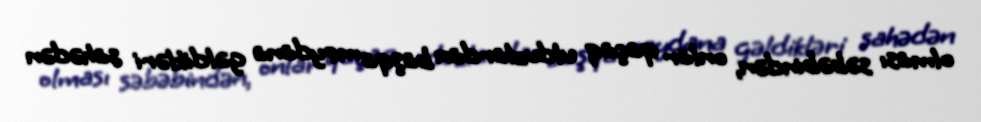
olması səbəbindən, onlar qaçaq ulduzlardan başqa meydana gəldikləri sahədən